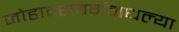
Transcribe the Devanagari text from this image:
जोहान्सबर्गमधल्या